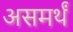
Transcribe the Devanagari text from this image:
असमर्थं